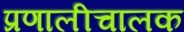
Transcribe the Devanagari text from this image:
प्रणालीचालक